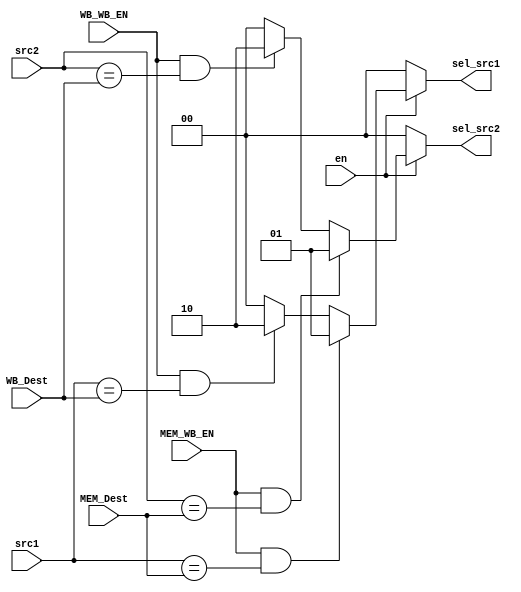
`timescale 1ns/1ns

module ForwardingUnit(
    input en,
    input [3:0] src1, src2,
    input MEM_WB_EN,
    input [3:0] MEM_Dest,
    input WB_WB_EN,
    input [3:0] WB_Dest,

    output reg [1:0] sel_src1, sel_src2
);

always @(*) begin
    {sel_src1, sel_src2} = 4'b0;
    if (en) begin
        if (MEM_WB_EN && src1 == MEM_Dest) 
            sel_src1 = 2'b01;
        else if (WB_WB_EN && src1 == WB_Dest)
            sel_src1 = 2'b10;
        if (MEM_WB_EN && src2 == MEM_Dest) 
            sel_src2 = 2'b01;
        else if (WB_WB_EN && src2 == WB_Dest)
            sel_src2 = 2'b10;
    end

end


endmodule